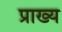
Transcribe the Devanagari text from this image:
प्राख्य